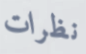
نظرات